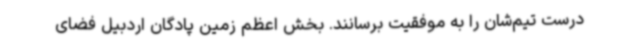
درست تیم‌شان را به موفقیت برسانند. بخش اعظم زمین پادگان اردبیل فضای